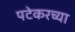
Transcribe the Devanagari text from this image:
पटेकरच्या